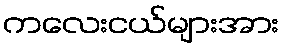
ကလေးငယ်များအား